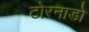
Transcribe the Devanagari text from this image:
टोरनाडो